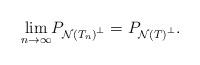
LaTeX: \begin{align*}\underset{n\rightarrow \infty }{\lim }P_{\mathcal{N}\left(T_{n}\right) ^{\bot }}=P_{\mathcal{N}\left( T\right) ^{\bot }}.\end{align*}